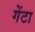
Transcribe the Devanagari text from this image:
गेंटा